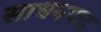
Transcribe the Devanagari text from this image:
साधनपाद